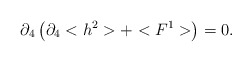
\begin{align*}\partial _{4}\left( \partial _{4}<h^{2}>+<F^{1}>\right) =0. \end{align*}